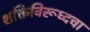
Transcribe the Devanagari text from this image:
शक्तिंविरूध्दचा